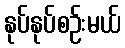
နုပ်နုပ်စဉ်းမယ်